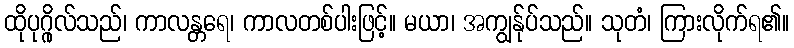
ထိုပုဂ္ဂိုလ်သည်၊ ကာလန္တရေ၊ ကာလတစ်ပါးဖြင့်။ မယာ၊ အကျွန်ုပ်သည်။ သုတံ၊ ကြားလိုက်ရ၏။